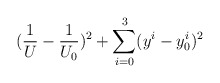
\begin{align*}(\frac{1}{U}-\frac{1}{U_0})^2 + \sum_{i=0}^{3}(y^i-y^i_0)^2\end{align*}